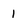
Character: 1